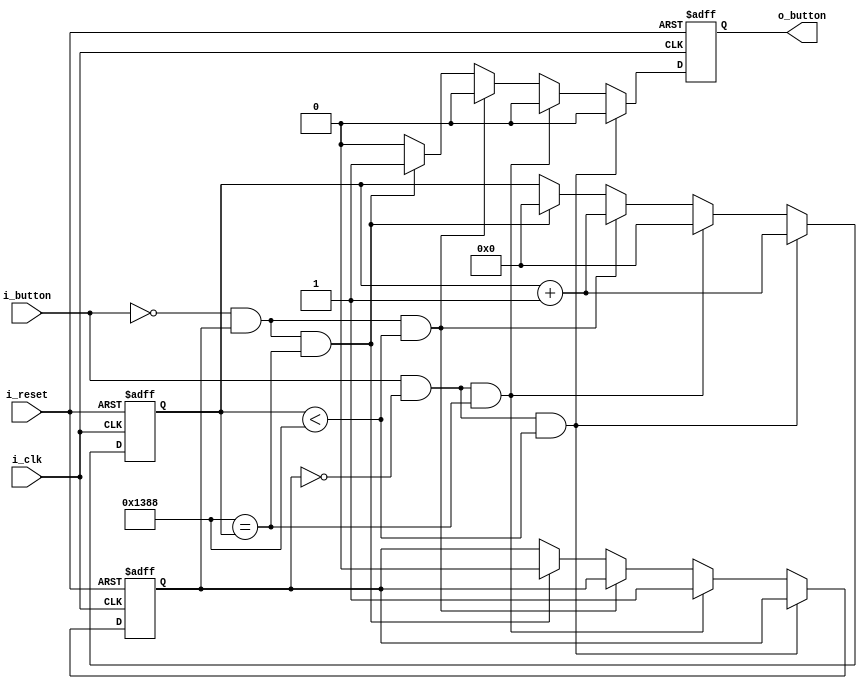
`timescale 1ns / 1ps
//////////////////////////////////////////////////////////////////////////////////
// Company: 
// Engineer: 
// 
// Design Name: 
// Module Name: button
// Project Name: 
// Target Devices: 
// Tool Versions: 
// Description: 
// 
// Dependencies: 
// 
// Revision:
// Revision 0.01 - File Created
// Additional Comments:
// 
//////////////////////////////////////////////////////////////////////////////////


module button(
    input i_clk, i_reset, i_button,
    output o_button
    );

    parameter TRUE = 1'b1, FALSE = 1'b0, DEBOUNCE = 5_000,
                RELEASED = 1'b0, PUSHED = 1'b1;
    reg [31:0] r_counter = 0;
    reg r_button, prevState;
    assign o_button = r_button;


    always @(posedge i_clk or posedge i_reset) begin
        if(i_reset) begin
            r_button <= FALSE;
            prevState <= RELEASED;
            r_counter <= 0;
        end
        else begin
            if(i_button == PUSHED && prevState == RELEASED &&  r_counter < DEBOUNCE) begin
                r_counter <= r_counter + 1;
                r_button <= FALSE;
            end
            else if(i_button == PUSHED && prevState == RELEASED && DEBOUNCE == r_counter) begin
                prevState <= PUSHED;
                r_counter <= 0;
                r_button <= FALSE;
            end
            else if(i_button == RELEASED && prevState == PUSHED && r_counter < DEBOUNCE) begin
                r_counter <= r_counter + 1;
                r_button <= FALSE;
            end
            else if(i_button == RELEASED && prevState == PUSHED && DEBOUNCE == r_counter) begin
                r_counter <= 0;
                prevState <= RELEASED;
                r_button <= TRUE;
            end
            else r_button <= FALSE;
        end
    end
endmodule